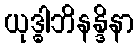
ယုဒ္ဓါဘိနန္ဒိနာ